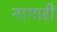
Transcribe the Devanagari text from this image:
नागारी